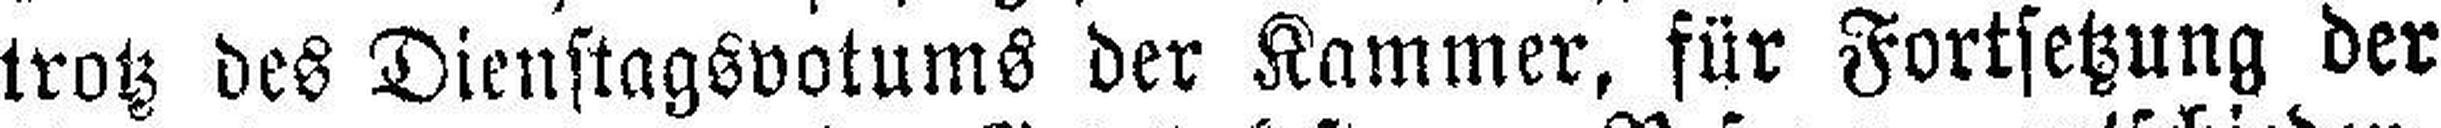
trotz des Dienstagsvotums der Kammer, für Fortsetzung der